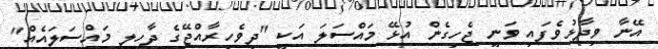
އޭނާ ވިދާޅުވެފައި ވަނީ ޖެހިގެން އުޅޭ މައްސަލަ އަކީ "ދިވެހިރާއްޖޭގެ ދާހިލީ މައްސަލައެއް"